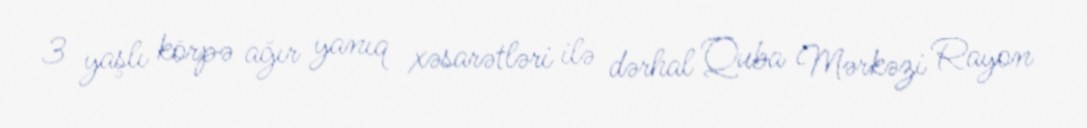
3 yaşlı körpə ağır yanıq xəsarətləri ilə dərhal Quba Mərkəzi Rayon